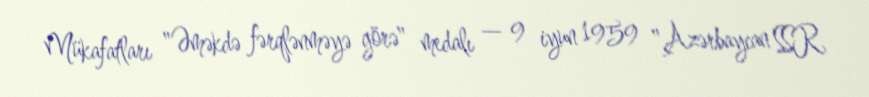
Mükafatları "Əməkdə fərqlənməyə görə" medalı — 9 iyun 1959 "Azərbaycan SSR